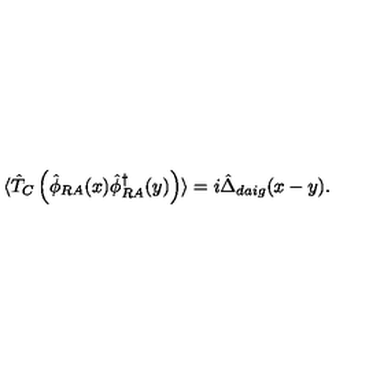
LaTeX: \langle \hat { T } _ { C } \left( \hat { \phi } _ { R A } ( x ) \hat { \phi } _ { R A } ^ { \dagger } ( y ) \right) \rangle = i \hat { \Delta } _ { d a i g } ( x - y ) .